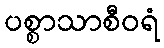
ပစ္စာသာစီဝရံ